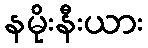
နမိုးနီးယား